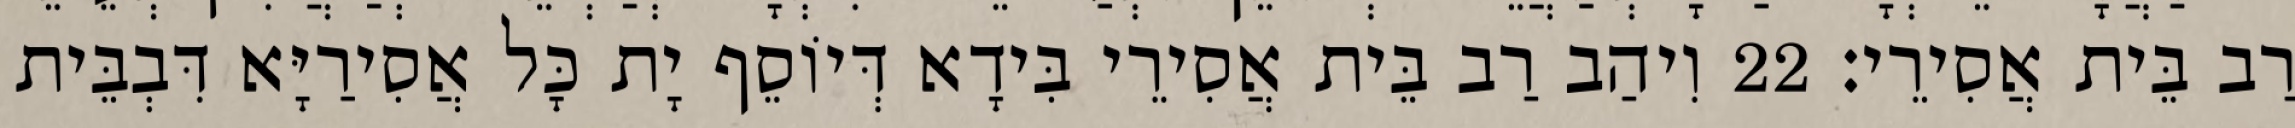
רַב בֵּית אֲסִירֵי׃ 22 וִיהַב רַב בֵּית אֲסִירֵי בִּידָא דְּיוֹסֵף יָת כָּל אֲסִירַיָּא דִּבְבֵּית